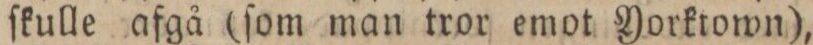
ſkulle afgå (ſom man tror emot Yorktown),